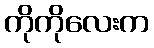
ကိုကိုလေးက